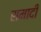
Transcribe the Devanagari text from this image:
समादी